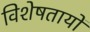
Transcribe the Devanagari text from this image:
विशेषतायों